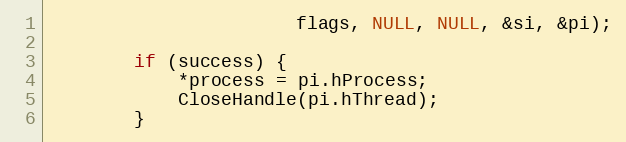
Language: C
					   flags, NULL, NULL, &si, &pi);

		if (success) {
			*process = pi.hProcess;
			CloseHandle(pi.hThread);
		}